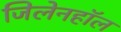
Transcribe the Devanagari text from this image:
जिलेनहॉल